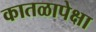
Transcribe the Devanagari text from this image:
कातळापेक्षा